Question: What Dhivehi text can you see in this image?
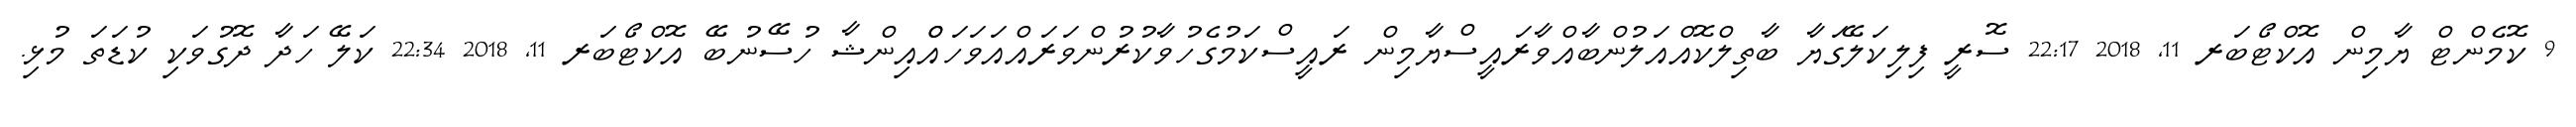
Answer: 9 ކޮމެންޓް ޔާމިން އޮކްޓޯބަރ 11, 2018 22:17 ސޮރީ ފިލިކަލޭގަޔާ ބާތިލްކޮއްއަލުންބާއްވާރައީސްޔާމިން ރައީސްކަމުގެހުވާކުރުންވަރައްއަވަހައްްއިންޝާ ހުސޭނުބޭ އޮކްޓޯބަރ 11, 2018 22:34 ކަލޭ ހަދާ ދޮގުވަކި ކުޑަތަ މުޅި.